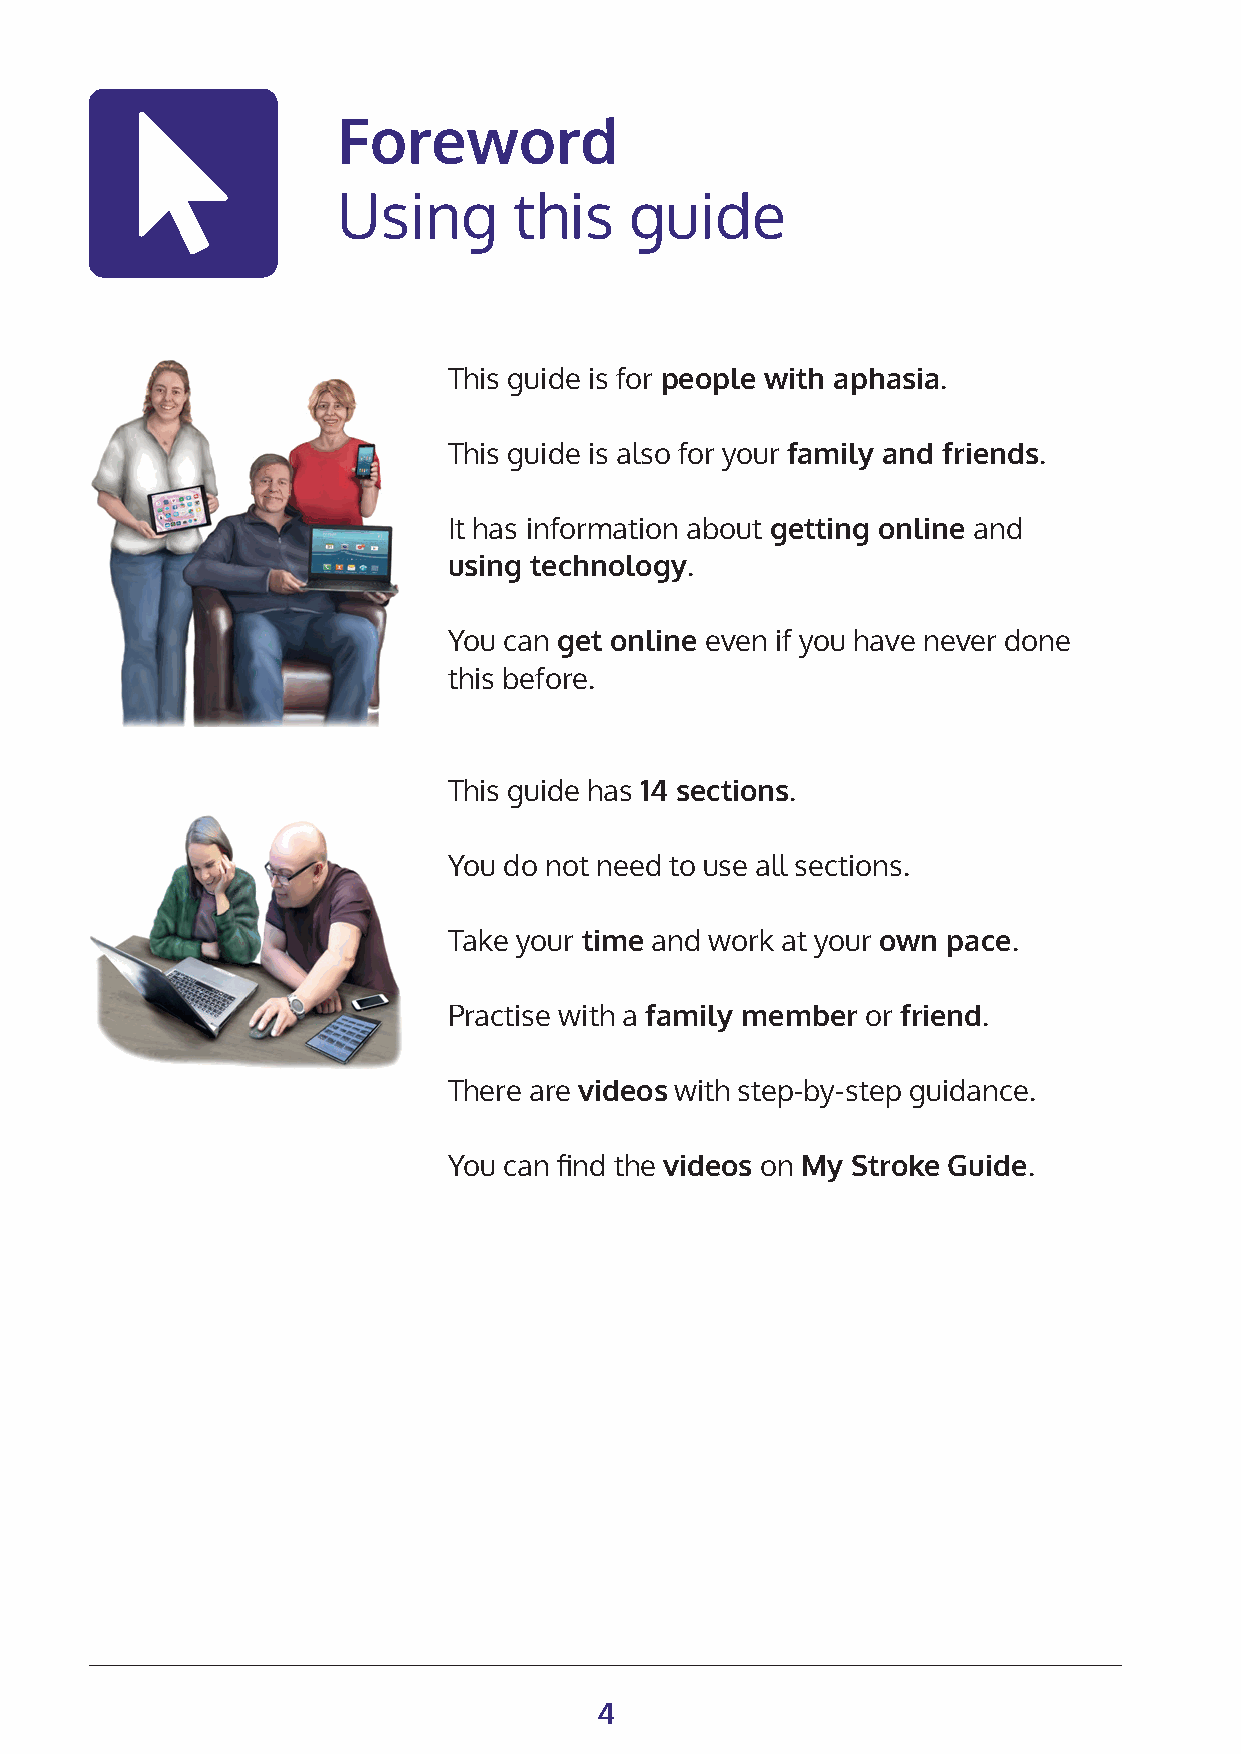
Foreword
 Using       this    guide
 This guide is for people with aphasia.
 This guide is also for your family and friends.
 It has information about getting online and
 using technology.
 You can get online even if you have never done
 this before.
 This guide has 14 sections.
 You do not need to use all sections.
 Take your time and work at your own pace.
 Practise with a family member or friend.
 There are videos with step-by-step guidance.
 You can find the videos on My Stroke Guide.
 4